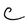
Character: C